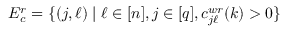
E _ { c } ^ { r } = \{ ( j , \ell ) \mid \ell \in [ n ] , j \in [ q ] , c _ { j \ell } ^ { w r } ( k ) > 0 \}